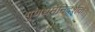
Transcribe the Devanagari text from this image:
गुणधर्मनिदर्शक